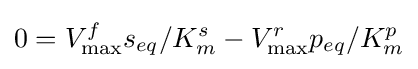
0=V_{\max }^{f}s_{eq}/K_{m}^{s}-V_{\max }^{r}p_{eq}/K_{m}^{p}